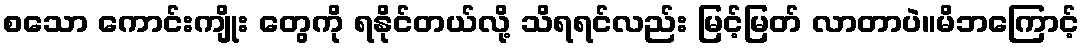
စသော ကောင်းကျိုး တွေကို ရနိုင်တယ်လို့ သိရရင်လည်း မြင့်မြတ် လာတာပဲ။မိဘကြောင့်